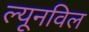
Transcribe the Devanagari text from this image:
ल्यूनविल